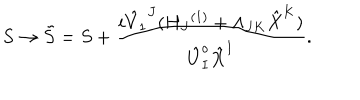
LaTeX: S \rightarrow { \tilde { S } } = S + \frac { i { { \hat { V } } _ { 1 } } ^ { J } ( { H _ { J } } ^ { ( 1 ) } + \Lambda _ { J K } { \hat { X } } ^ { K } ) } { { \hat { U } } _ { I } ^ { o } { \hat { X } } ^ { I } } .